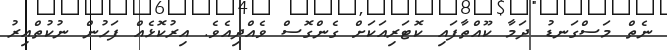
ނެތް މަސްގަނޑު ދަމާ ކޫއްތާފައި ކޮޓަރިއަކަށް ގެންގޮސް ވެއްދިއެވެ. އިރުކޮޅެއް ފަހުން ނުކުތްއިރު